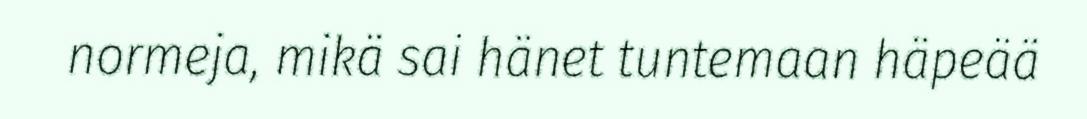
normeja, mikä sai hänet tuntemaan häpeää